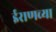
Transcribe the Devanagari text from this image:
ईराणच्या